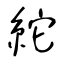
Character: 紽